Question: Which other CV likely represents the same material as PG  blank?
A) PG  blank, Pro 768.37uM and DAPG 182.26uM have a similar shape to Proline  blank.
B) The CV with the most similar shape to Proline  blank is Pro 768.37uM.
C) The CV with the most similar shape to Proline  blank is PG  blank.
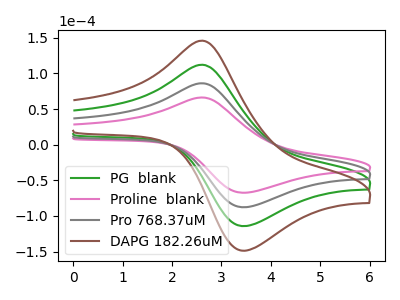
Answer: <think>The green curve "PG  blank" has an anodic peak at (2.60V, 172.25uA) and a cathodic peak at (3.45V, -175.80uA). The pink curve "Proline  blank" has an anodic peak at (2.60V, 66.20uA) and a cathodic peak at (3.45V, -67.55uA). The gray curve "Pro 768.37uM" has an anodic peak at (2.60V, 86.15uA) and a cathodic peak at (3.45V, -87.90uA). The brown curve "DAPG 182.26uM" has an anodic peak at (2.60V, 258.40uA) and a cathodic peak at (3.45V, -263.75uA).
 All the peaks in "PG  blank" have a peak in "Proline  blank" at the same potential. Every peak in "PG  blank" is higher than every peak in "Proline  blank". All the peaks in "PG  blank" have a peak in "Pro 768.37uM" at the same potential. Every peak in "PG  blank" is higher than every peak in "Pro 768.37uM". All the peaks in "PG  blank" have a peak in "DAPG 182.26uM" at the same potential. Every peak in "PG  blank" is lower than every peak in "DAPG 182.26uM". All the peaks in "Proline  blank" have a peak in "Pro 768.37uM" at the same potential. Every peak in "Proline  blank" is lower than every peak in "Pro 768.37uM". All the peaks in "Proline  blank" have a peak in "DAPG 182.26uM" at the same potential. Every peak in "Proline  blank" is lower than every peak in "DAPG 182.26uM". All the peaks in "Pro 768.37uM" have a peak in "DAPG 182.26uM" at the same potential. Every peak in "Pro 768.37uM" is lower than every peak in "DAPG 182.26uM".</think>
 <answer>A) "PG  blank", "Pro 768.37uM" and "DAPG 182.26uM" have a similar shape to "Proline  blank".</answer>
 <eval>A</eval>